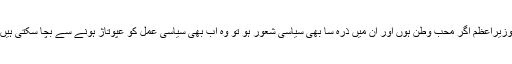
وزیراعظم اگر محب وطن ہوں اور ان میں ذرہ سا بھی سیاسی شعور ہو تو وہ اب بھی سیاسی عمل کو عپوتاژ ہونے سے بچا سکتی ہیں۔